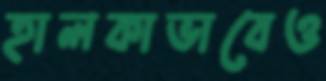
হালকাভাবেও